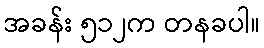
အခန်း ၅၁၂က တနခပါ။